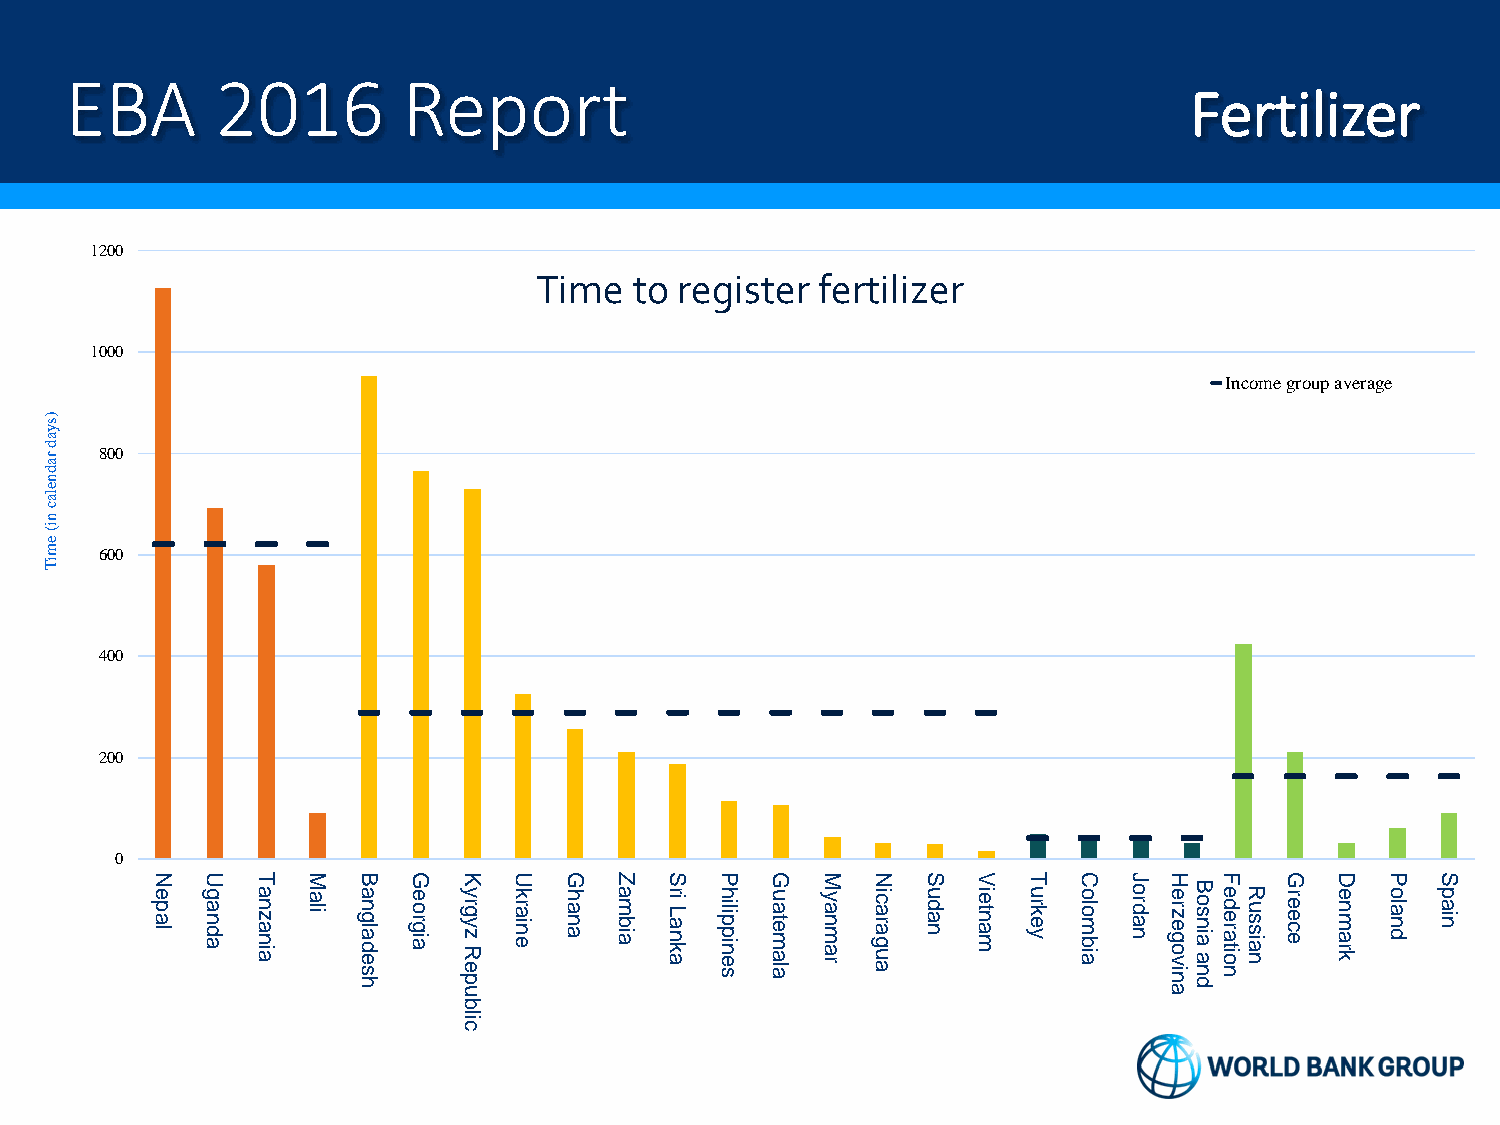
EBA       2016         Report
 Fertilizer
 1200
 Time   to register fertilizer
 1000
 Income group average
 )sy
 a
 d ra 800
 d
 n
 e
 la
 c
 n
 i(
 e
 m   600
 iT
 400
 200
 0
 N  U   T  M   B  G  K   U  G   Z  S  P   G  M   N  S   V  T  C   J H   F   G  D   P  S
 lape adnag ainazna ila hsedalgna aigroe
 peR
 zygry eniark anah aibma
 aknaL
 ir senippilih alametau ramnay augaraci nadu mantei yekru aibmolo nadro nivogezre
 dna
 ainsoB noitarede naissuR eceer kramne dnalo niap
 u                                              a
 b
 cil